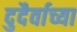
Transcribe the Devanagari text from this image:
दुदैर्वाच्या